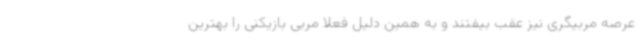
عرصه مربیگری نیز عقب بیفتند و به همین دلیل فعلا مربی بازیکنی را بهترین